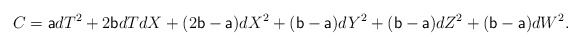
\begin{align*} C=\textsf{a}dT^2+2\textsf{b}dTdX+(2\textsf{b}-\textsf{a})dX^2+(\textsf{b}-\textsf{a})dY^2+(\textsf{b}-\textsf{a})dZ^2+(\textsf{b}-\textsf{a})dW^2.\end{align*}